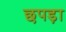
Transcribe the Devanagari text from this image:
छपड़ा